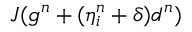
J ( g ^ { n } + ( \eta _ { i } ^ { n } + \delta ) d ^ { n } )